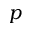
p